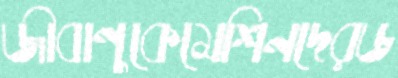
জীবাণুকেমেশিনদেরড